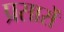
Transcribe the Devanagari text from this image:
प्रसारों